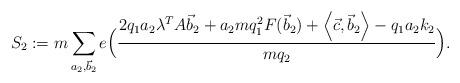
LaTeX: \begin{align*}S_2:=m\sum_{a_2,\vec{b}_2} e\Big(\frac{2q_1a_2\lambda^TA\vec{b}_2+a_2mq_1^2F(\vec{b}_2)+\left<\vec{c},\vec{b}_2\right>-q_1a_2k_2}{mq_2} \Big).\end{align*}